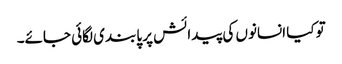
تو کیا انسانوں کی پیدائش پر پابندی لگائی جائے۔